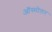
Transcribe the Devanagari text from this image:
ऑस्मोलर